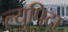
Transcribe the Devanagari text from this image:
ल्युपिटा